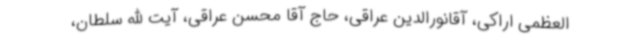
العظمی اراکی، آقانورالدین عراقی، حاج آقا محسن عراقی، آیت الله سلطان،